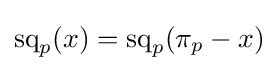
\operatorname {sq} _{p}(x)=\operatorname {sq} _{p}(\pi _{p}-x)